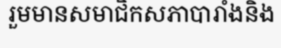
រួមមានសមាជិកសភាបារាំងនិង